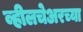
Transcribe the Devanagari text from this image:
व्हीलचेअरच्या